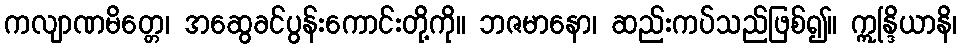
ကလျာဏမိတ္တေ၊ အဆွေခင်ပွန်းကောင်းတို့ကို။ ဘဇမာနော၊ ဆည်းကပ်သည်ဖြစ်၍။ ဣန္ဒြိယာနိ၊